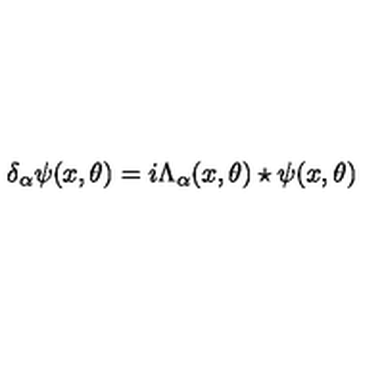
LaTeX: \delta _ { \alpha } \psi ( x , \theta ) = i \Lambda _ { \alpha } ( x , \theta ) \star \psi ( x , \theta )